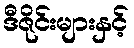
ဒီဇိုင်းများနှင့်